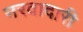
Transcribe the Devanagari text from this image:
नरवादारी